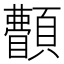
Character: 𩕫